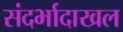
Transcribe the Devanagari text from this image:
संदर्भादाखल